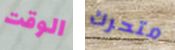
الوقت متحرك